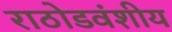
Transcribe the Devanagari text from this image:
राठोडवंशीय